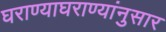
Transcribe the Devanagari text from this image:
घराण्याघराण्यांनुसार